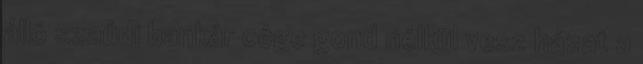
álló szaúdi bankár cége gond nélkül vesz házat a